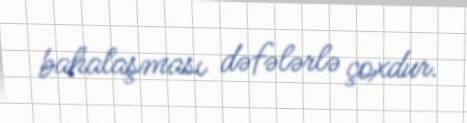
bahalaşması dəfələrlə çoxdur.